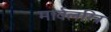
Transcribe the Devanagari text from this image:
मार्वलरित्र